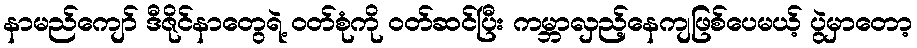
နာမည်ကျော် ဒီဇိုင်နာတွေရဲ့ ဝတ်စုံကို ဝတ်ဆင်ပြီး ကမ္ဘာလှည့်နေကျဖြစ်ပေမယ့် ပွဲမှာတော့